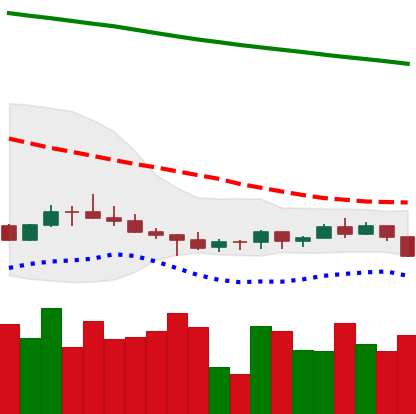
Ticker: ADA-USD
Chart end date: 2022-07-11
Forward return: 4.985%
Label: up_3_5